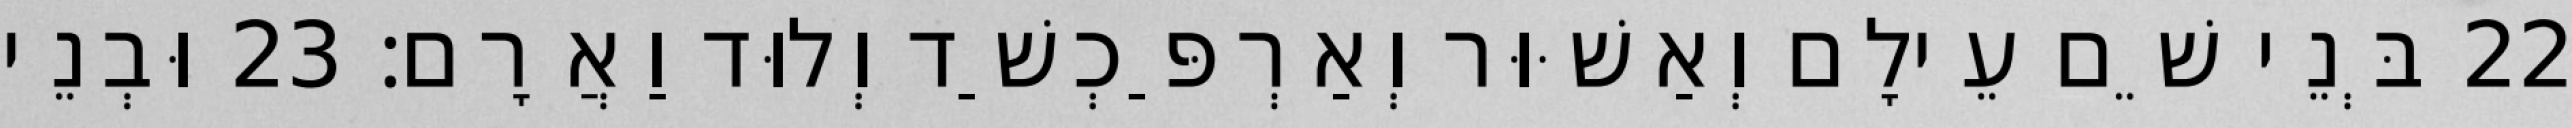
22 בְּנֵי שֵׁם עֵילָם וְאַשּׁוּר וְאַרְפַּכְשַׁד וְלוּד וַאֲרָם׃ 23 וּבְנֵי